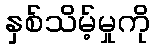
နှစ်သိမ့်မှုကို